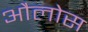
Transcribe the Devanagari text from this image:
औलोस